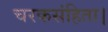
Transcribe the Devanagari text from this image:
चरकसंहिता।